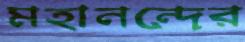
মহানন্দের